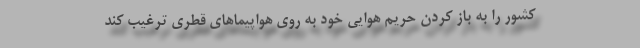
کشور را به باز کردن حریم هوایی خود به روی هواپیماهای قطری ترغیب کند